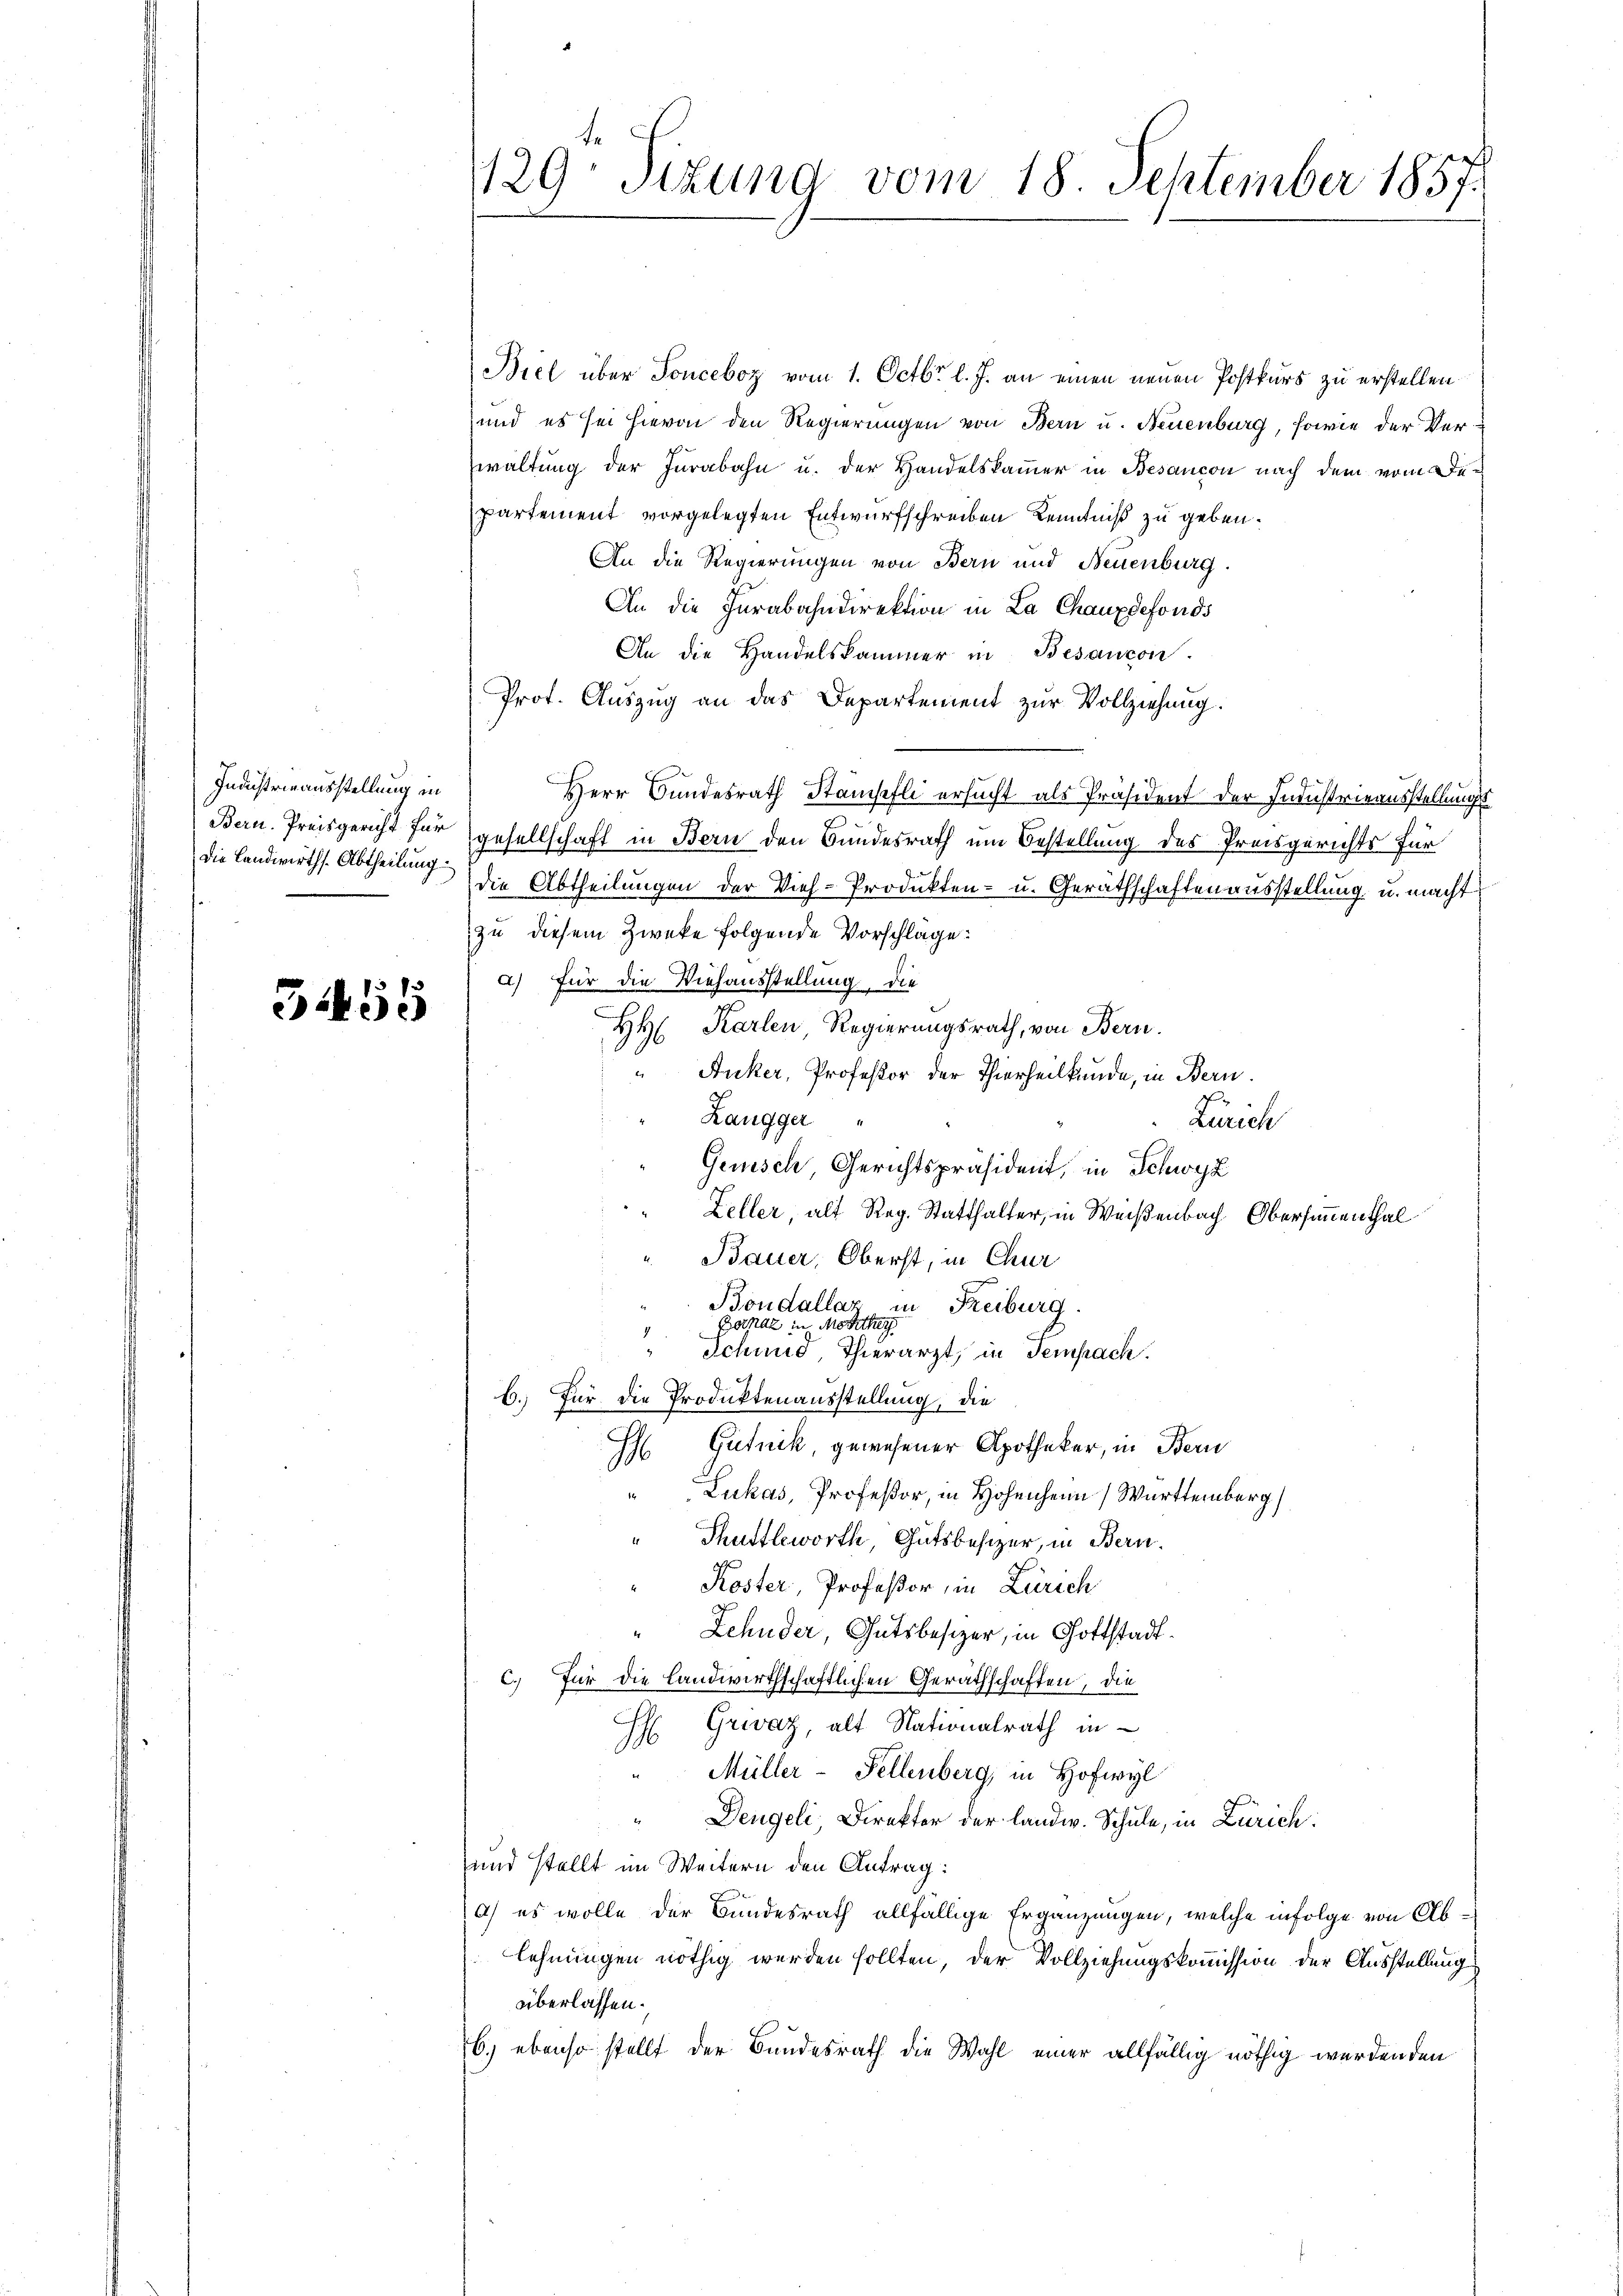
Industrieausstellung in
Die Landwirths. Abtheilung

5455

Biel über Sonceboz vom 1. Octbr. l. J. an einen neuen Postkurs zu erstellen
und es sei hievon den Regierungen von Bern u. Neuenburg, sowie der Verwaltung der Jurabahn u. der Handelskammer in Besançon nach dem vom Departement vorgelegten Entwurfschreiben Kenntniß zu geben.
An die Regierungen von Bern und Neuenburg.
An die Jurabahndirektion in La Chauxdefonds
An die Handelskammer in Besanzen.
Prof. Auszug an das Departement zur Vollziehung.
Herr Bundesrath Stampfli ersucht als Präsident der Industrieausstellungs
Bern. Preisgericht für gesellschaft in Bern den Bundesrath um Bestellung des Preisgerichts für
die Abtheilungen der Vieh-Produkten- u. Geräthschaften ausstellung u. macht
zu diesem Zwecke folgende Vorschläge:
a) für die Viehausstellung, die
HH Karlen, Regierungsrath, von Bern.
Auker, Professor der Thierheilkunde, in Bern.
Langger
Zürich
Genisch, Gerichtspräsident, in Schwyz
Zeller, alt Reg. Statthalter, in Weißenbach Obersimmenthal
Bauer, Oberst, in Chur
Boudallaz in Freiburg.
Borpaz, in Monthey
4
.
Schmid, Thierarzt, in Tempach.
b.) Für die Produktenausstellung, die
H Gutnik, gewesener Apotheker, in Bern
Lukas, Profeßor, in Hohen Württemberg
Shuttbeworthe, Gutsbesizer, in Bern.
Koster, Professor, in Zürich
" Zehnder, Gutsbesizer, in Gottstadtc. Für die Landwirthschaftlichen Geräthschaften, die
Grwaz, alt Nationalrath in
Müller-Fellenberg, in Hofwyl
Dengeli, Direktor der landw. Schule, in Zürich:
und stellt im Weitern den Antrag:
) es wolle der Bundesrath allfällige Ergänzungen, welche infolge von Ablehnungen nöthig werden sollten, der Vollziehungskommission der Ausstellung
überlassen.
6.) ebenso stellt der Bundesrath die Wahl einer allfällig nöthig werdenden

129: Sizung vom 18. September 1857.